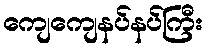
ကျေကျေနပ်နပ်ကြီး